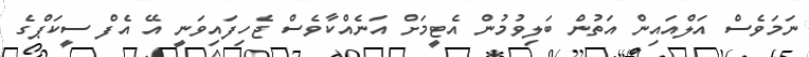
ނަމަވެސް އަލްއައިން އަތުން ބަލިވުމުން އެޓީމަށް އަނެއްކާވެސް ޖެހިފައިވަނީ އޭ އެފް ސީކަޕްގެ